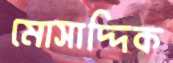
মোসাদ্দিক